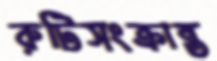
রুটিসংক্রান্ত